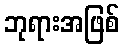
ဘုရားအဖြစ်